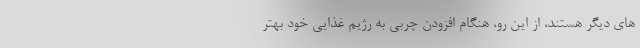
های دیگر هستند، از این رو، هنگام افزودن چربی به رژیم غذایی خود بهتر